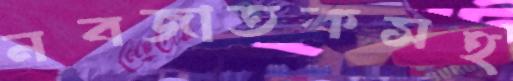
নবজাতকসহ